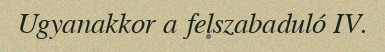
Ugyanakkor a felszabaduló IV.